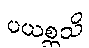
ပယစ္ဆသိ